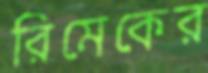
রিমেকের